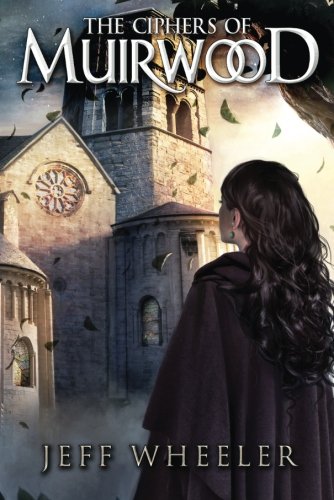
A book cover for The Ciphers of Muirwood (Covenant of Muirwood); Jeff Wheeler; Science Fiction & Fantasy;